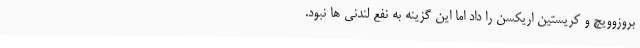
بروزوویچ و کریستین اریکسن را داد اما این گزینه به نفع لندنی ها نبود.